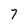
Character: 7